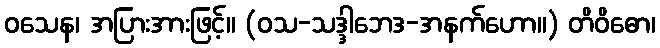
ဝသေန၊ အပြားအားဖြင့်။ (ဝသ-သဒ္ဒါဘေဒ-အနက်ဟော။) တိဝိဓော၊